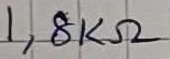
Text: 1,8KΩ